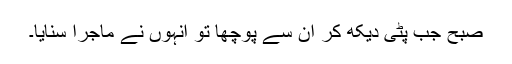
صبح جب پٹی دیکھ کر ان سے پوچھا تو انہوں نے ماجرا سنایا۔